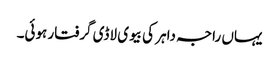
یہاں راجہ داہر کی بیوی لاڈی گرفتار ہوئی۔